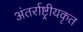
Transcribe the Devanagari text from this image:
अंतर्राष्ट्रीयकृत